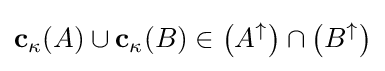
\mathbf {c} _{\kappa }(A)\cup \mathbf {c} _{\kappa }(B)\in \left(A^{\uparrow }\right)\cap \left(B^{\uparrow }\right)